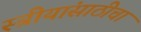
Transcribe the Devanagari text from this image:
स्त्रीयांसाठीचा